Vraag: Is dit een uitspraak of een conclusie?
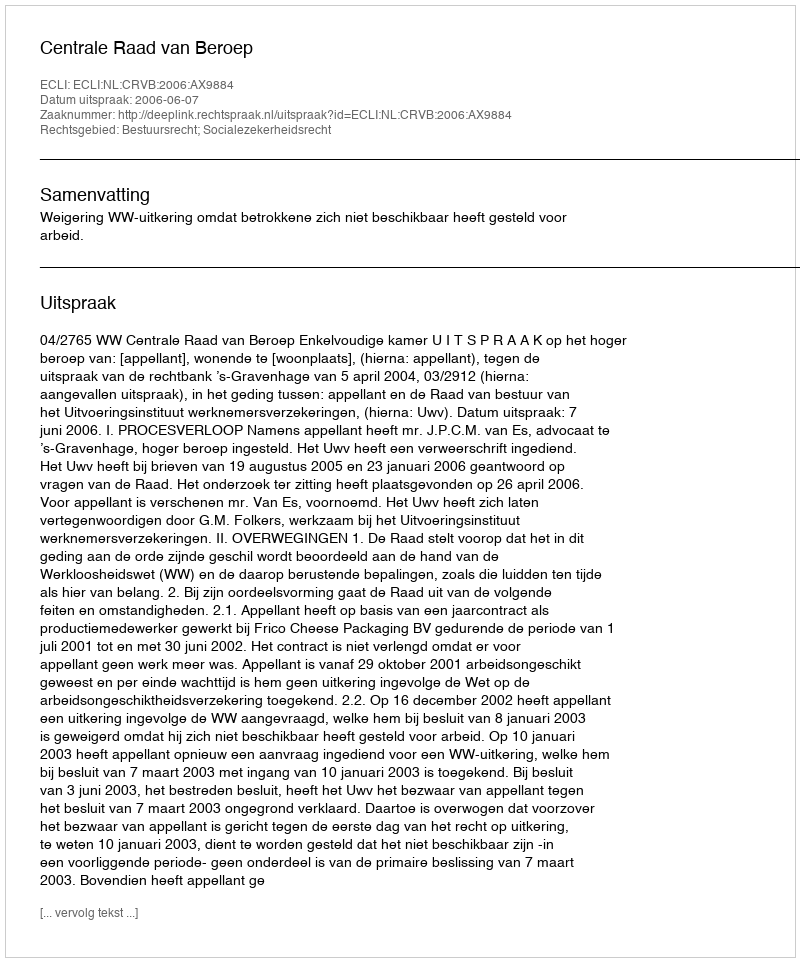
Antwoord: Uitspraak